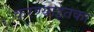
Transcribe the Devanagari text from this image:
करण्याइतका